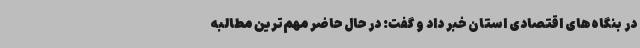
در بنگاه‌های اقتصادی استان خبر داد و گفت: در حال حاضر مهم‌ترین مطالبه